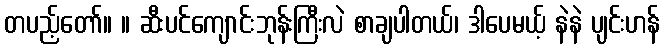
တပည့်တော်။ ။ ဆီးပင်ကျောင်းဘုန်းကြီးလဲ စာချပါတယ်၊ ဒါပေမယ့် နဲနဲ ပျင်းဟန်